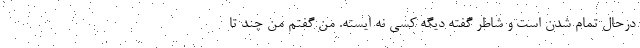
درحال تمام شدن است و شاطر گفته دیگه کسی نه ایسته. من گفتم من چند تا